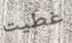
غطيت